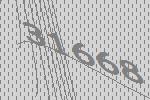
31668